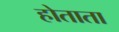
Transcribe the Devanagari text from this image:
होताता